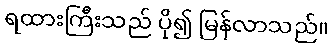
ရထားကြီးသည် ပို၍ မြန်လာသည်။